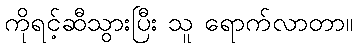
ကိုရင့်ဆီသွားပြီး သူ ရောက်လာတာ။